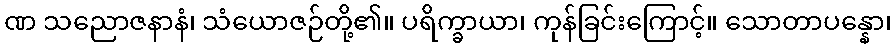
ဏ သညောဇနာနံ၊ သံယောဇဉ်တို့၏။ ပရိက္ခာယာ၊ ကုန်ခြင်းကြောင့်။ သောတာပန္နော၊